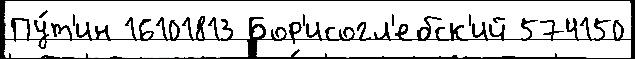
Пу́т'ин 16101813 Бор'исогл'ебск'ий 574150